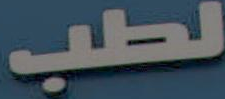
لطب